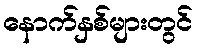
နောက်နှစ်များတွင်